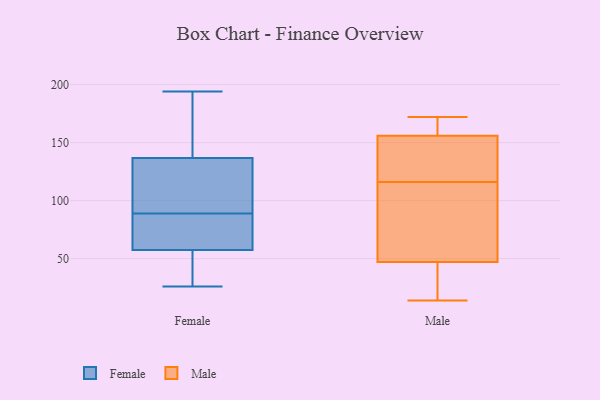
{"axis": {"x": "Shipments", "y": "Value"}, "legend": ["Female", "Male"], "data": [{"x": "", "y": 72, "type": "Female"}, {"x": "", "y": 47, "type": "Female"}, {"x": "", "y": 82, "type": "Female"}, {"x": "", "y": 127, "type": "Female"}, {"x": "", "y": 26, "type": "Female"}, {"x": "", "y": 89, "type": "Female"}, {"x": "", "y": 95, "type": "Female"}, {"x": "", "y": 163, "type": "Female"}, {"x": "", "y": 61, "type": "Female"}, {"x": "", "y": 47, "type": "Female"}, {"x": "", "y": 113, "type": "Female"}, {"x": "", "y": 190, "type": "Female"}, {"x": "", "y": 194, "type": "Female"}, {"x": "", "y": 128, "type": "Female"}, {"x": "", "y": 33, "type": "Female"}, {"x": "", "y": 193, "type": "Female"}, {"x": "", "y": 82, "type": "Female"}, {"x": "", "y": 138, "type": "Male"}, {"x": "", "y": 165, "type": "Male"}, {"x": "", "y": 14, "type": "Male"}, {"x": "", "y": 45, "type": "Male"}, {"x": "", "y": 169, "type": "Male"}, {"x": "", "y": 137, "type": "Male"}, {"x": "", "y": 97, "type": "Male"}, {"x": "", "y": 160, "type": "Male"}, {"x": "", "y": 84, "type": "Male"}, {"x": "", "y": 172, "type": "Male"}, {"x": "", "y": 25, "type": "Male"}, {"x": "", "y": 29, "type": "Male"}, {"x": "", "y": 53, "type": "Male"}, {"x": "", "y": 21, "type": "Male"}, {"x": "", "y": 116, "type": "Male"}, {"x": "", "y": 144, "type": "Male"}, {"x": "", "y": 105, "type": "Male"}, {"x": "", "y": 141, "type": "Male"}, {"x": "", "y": 160, "type": "Male"}]}